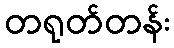
တရုတ်တန်း